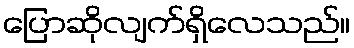
ပြောဆိုလျက်ရှိလေသည်။